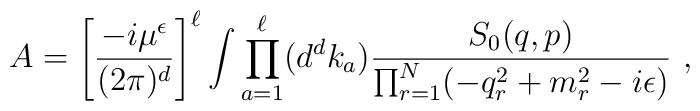
A=\left[{-i\mu^\epsilon\over(2\pi )^{d}}\right]^{\ell }\int\prod _{a=1}^{\ell }(d^{d}k_{a}){S_{0}(q,p)\over\prod _{r=1}^{N}(-q_{r}^{2}+m_{r}^{2}-i\epsilon )}\ ,